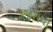
ગજરાથી